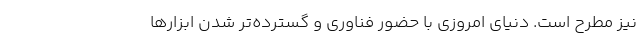
نیز مطرح است. دنیای امروزی با حضور فناوری و گسترده‌تر شدن ابزارها